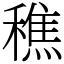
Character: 穛